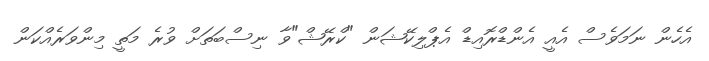
އެހެން ނަމަވެސް އެއީ އެންޑްރޮއިޑް އެޕްލިކޭޝަން "ކްރޭޝް"ވާ ނިސްބަތަށް ވުރެ މަތީ މިންވަރެއްކަން